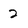
Character: 2